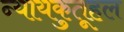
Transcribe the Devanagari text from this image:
न्यायकुतूहल